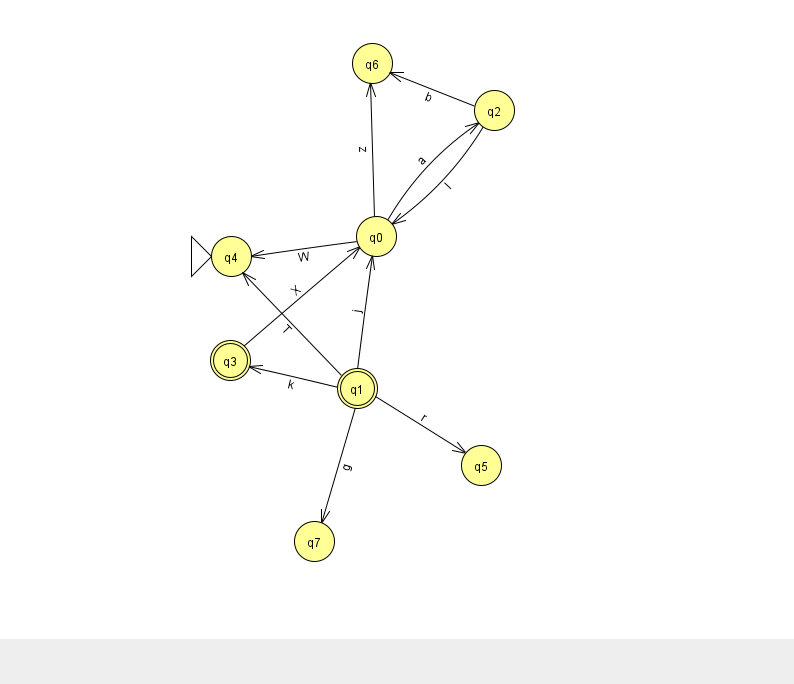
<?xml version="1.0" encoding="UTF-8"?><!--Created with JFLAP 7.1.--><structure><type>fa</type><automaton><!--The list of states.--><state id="0" name="q0"><x>376.0</x><y>223.0</y></state><state id="1" name="q1"><x>357.0</x><y>375.0</y><final/></state><state id="2" name="q2"><x>494.0</x><y>97.0</y></state><state id="3" name="q3"><x>230.0</x><y>347.0</y><final/></state><state id="4" name="q4"><x>231.0</x><y>243.0</y><initial/></state><state id="5" name="q5"><x>481.0</x><y>452.0</y></state><state id="6" name="q6"><x>372.0</x><y>50.0</y></state><state id="7" name="q7"><x>314.0</x><y>528.0</y></state><!--The list of transitions.--><transition><from>2</from><to>0</to><read>l</read></transition><transition><from>0</from><to>4</to><read>W</read></transition><transition><from>0</from><to>6</to><read>z</read></transition><transition><from>1</from><to>4</to><read>T</read></transition><transition><from>1</from><to>3</to><read>k</read></transition><transition><from>3</from><to>0</to><read>X</read></transition><transition><from>2</from><to>6</to><read>b</read></transition><transition><from>1</from><to>0</to><read>j</read></transition><transition><from>1</from><to>7</to><read>g</read></transition><transition><from>0</from><to>2</to><read>a</read></transition><transition><from>1</from><to>5</to><read>r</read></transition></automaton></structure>